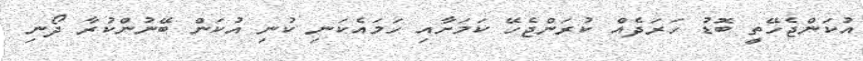
އުކަންޖެހޭތީ ބޮޑު ހަރަދެއް ކުރަންޖެހޭ ކަމަށާއި ހަމައެކަނި ކުނި އުކަން ބޭނުންކުރާ ދޯނި